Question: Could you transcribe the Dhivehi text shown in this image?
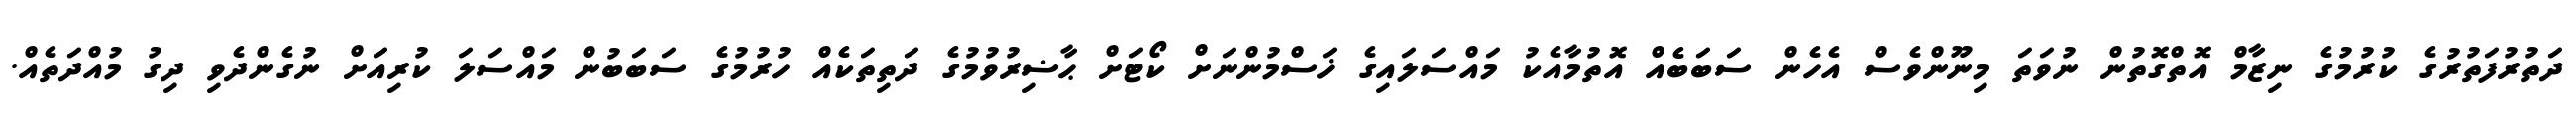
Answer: ދަތުރުފަތުރުގެ ކުރުމުގެ ނިޒާމް އޮތްގޮތުން ނުވަތަ މިނޫންވެސް އެހެން ސަބަބެއް އޮތުމާއެކު މައްސަލައިގެ ޚަސްމުންނަށް ކޯޓަށް ޙާޟިރުވުމުގެ ދަތިތަކެއް ހުރުމުގެ ސަބަބުން މައްސަލަ ކުރިއަށް ނުގެންދެވި ދިގު މުއްދަތެއް.